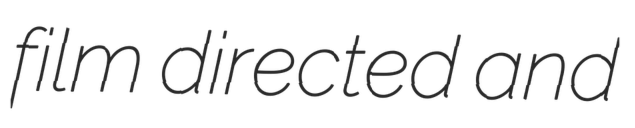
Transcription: film directed and